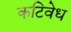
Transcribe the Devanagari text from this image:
कटिवेध